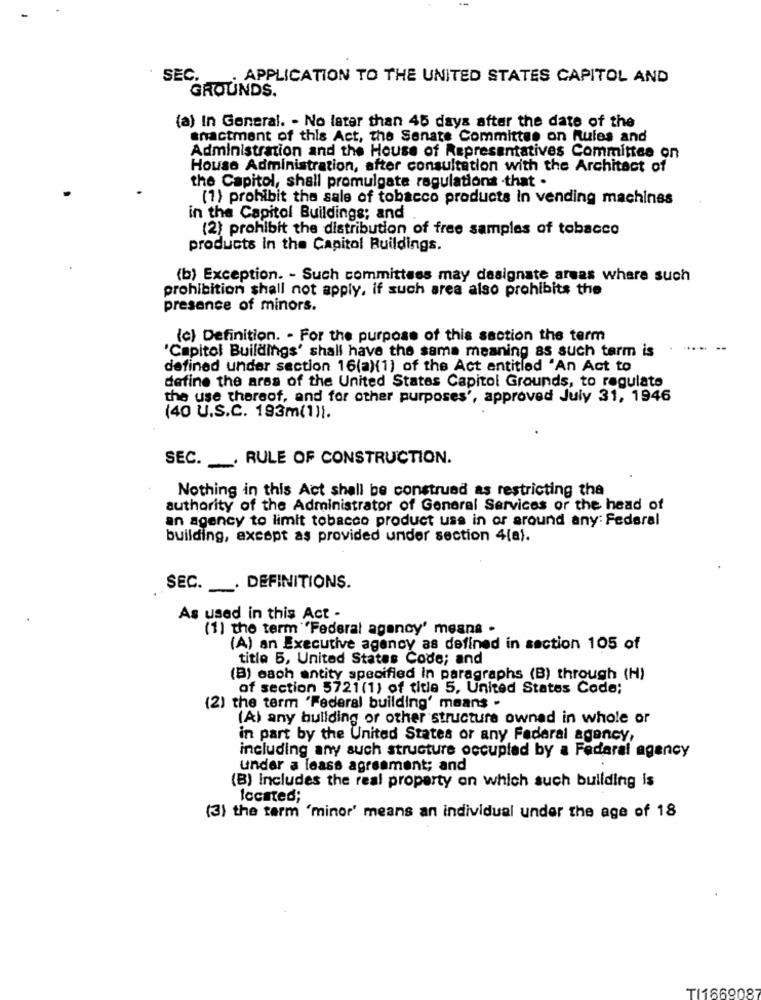
SEC.
. APPLICATION TO THE UNITED STATES CAPITOL AND
GROUNDS.
(a) In General. - No later than 45 days after the date of the
anactment of this Act, the Senate Committee on Rules and
Administration and the House of Representatives Committee on
House Administration, after consultation with the Architect of
the Capitol, shall promulgate regulations that .
(1) prohibit the sale of tobacco products in vending machines
in the Capitol Buildings; and
(2) prohibit the distribution of free samples of tobacco
products in the Capitol Buildings.
(b) Exception. - Such committees may designate areas where such
prohibition shall not apply, if such area also prohibits the
presence of minors.
(c) Definition. - For the purpose of this section the term
'Capitol Buildings' shall have the same meaning as such term is
defined under section 16(a)(1) of the Act entitled "An Act to
define the area of the United States Capitol Grounds, to regulate
the use thereof, and for other purposes', approved July 31, 1946
(40 U.S.C. 193m(1)).
SEC. . RULE OF CONSTRUCTION.
Nothing in this Act shall be construed as restricting tha
authority of the Administrator of General Services or the head of
an agency to limit tobacco product uss in or around any: Federal
building, except as provided under section 4(a).
SEC. . DEFINITIONS.
As used in this Act -
(1) the term "Federal agency' means -
(A) an Executive agency as defined in section 105 of
title 5, United States Code; and
(B) each entity specified in paragraphs (B) through (H)
of section 5721 (1) of title 5, United States Code;
(2) the term "Federal building' means -
(A) any building or other structure ownad in whole or
in part by the United States or any Federal agency,
including any such structure occupied by a Federal agency
under a leass agreement; and
(B) Includes the real property on which such building is
located;
(3) the term "minor' means an individual under the age of 18
TI1669087